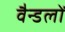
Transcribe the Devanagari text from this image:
वैन्डलों